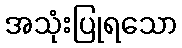
အသုံးပြုရသော